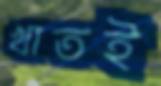
খাতই